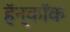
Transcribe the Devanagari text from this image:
हॅन्कॉक